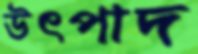
উৎপাদ